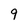
Character: 9